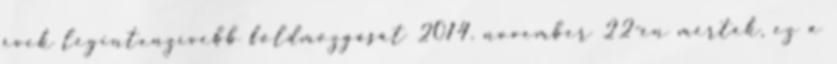
évek legintenzívebb földmozgását 2014. november 22-én mérték, ez a